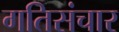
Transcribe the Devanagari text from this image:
गतिसंचार